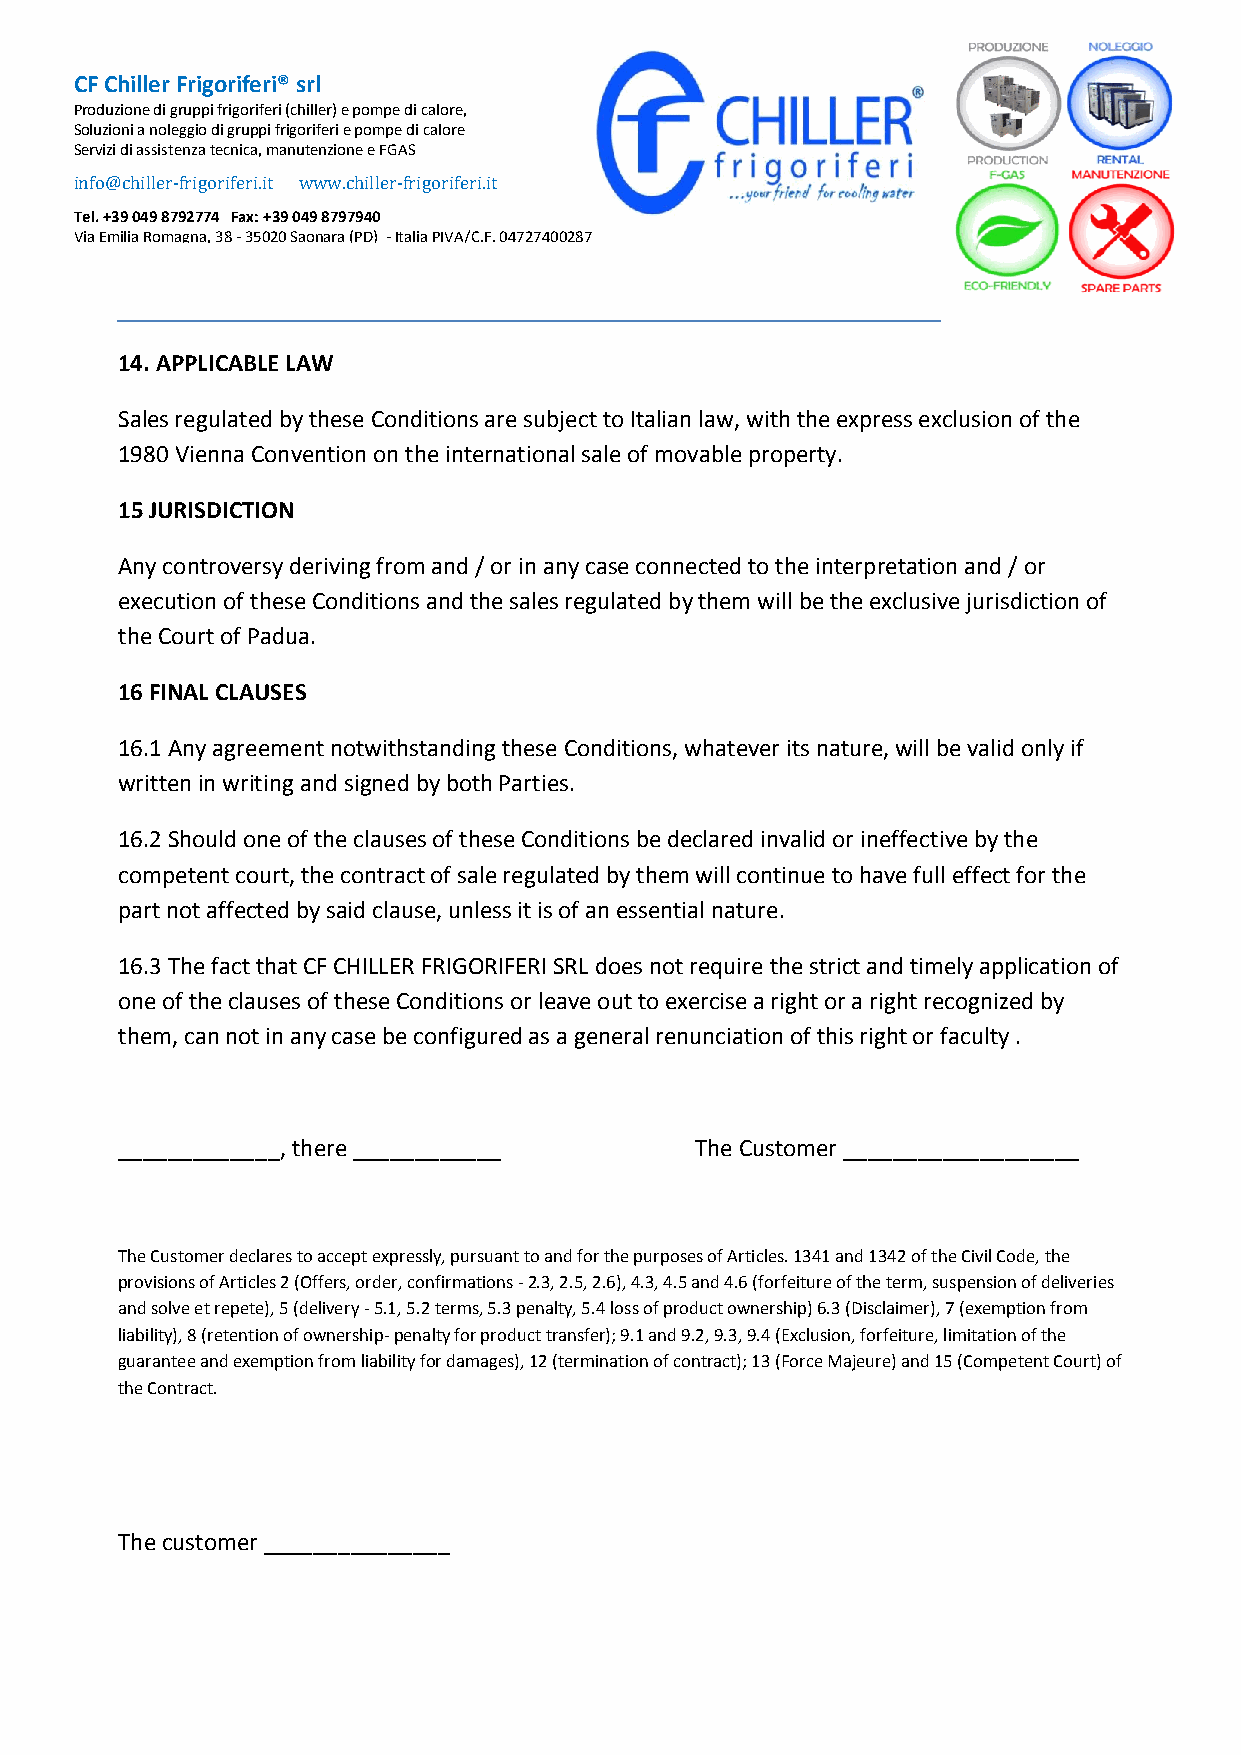
CF Ch iller Frigoriferi® srl
 Produz i one di gruppi frigoriferi (chiller) e pompe di calore,
 Soluzio ni a noleggio di gruppi frigoriferi e pompe di calore
 Servizi di assistenza tecnica, manutenzione e FGAS
 info@chiller-frigoriferi.it www.chiller-frigoriferi.it
 Tel. +3 9 049 8792774 Fax: +39 049 8797940
 Via Emilia Romagna, 38 - 35020 Saonara (PD) - Italia PIVA/C.F. 04727400287
 ________________________________________________________________________________________
 14. APPLICABLE LAW
 Sales regulated by these Conditions are subject to Italian law, with the express exclusion of the
 1980 Vienna Convention on the international sale of movable property.
 15 JURISDICTION
 Any controversy deriving from and / or in any case connected to the interpretation and / or
 execution of these Conditions and the sales regulated by them will be the exclusive jurisdiction of
 the Court of Padua.
 16 FINAL CLAUSES
 16.1 Any agreement notwithstanding these Conditions, whatever its nature, will be valid only if
 written in writing and signed by both Parties.
 16.2 Should one of the clauses of these Conditions be declared invalid or ineffective by the
 competent court, the contract of sale regulated by them will continue to have full effect for the
 part not affected by said clause, unless it is of an essential nature.
 16.3 The fact that CF CHILLER FRIGORIFERI SRL does not require the strict and timely application of
 one of the clauses of these Conditions or leave out to exercise a right or a right recognized by
 them, can not in any case be configured as a general renunciation of this right or faculty .
 _____________, there ____________     The Customer ___________________
 The Customer declares to accept expressly, pursuant to and for the purposes of Articles. 1341 and 1342 of the Civil Code, the
 provisions of Articles 2 (Offers, order, confirmations - 2.3, 2.5, 2.6), 4.3, 4.5 and 4.6 (forfeiture of the term, suspension of deliveries
 and solve et repete), 5 (delivery - 5.1, 5.2 terms, 5.3 penalty, 5.4 loss of product ownership) 6.3 (Disclaimer), 7 (exemption from
 liability), 8 (retention of ownership- penalty for product transfer); 9.1 and 9.2, 9.3, 9.4 (Exclusion, forfeiture, limitation of the
 guarantee and exemption from liability for damages), 12 (termination of contract); 13 (Force Majeure) and 15 (Competent Court) of
 the Contract.
 The customer _______________